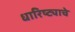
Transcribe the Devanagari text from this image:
धारिष्ट्याचे